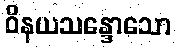
ဝိနယသန္ဒောသော